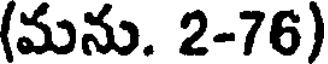
(మను. 2-76)